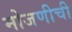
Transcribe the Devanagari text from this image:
मोजणीची